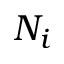
N _ { i }